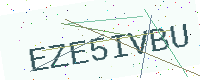
Text: EZE5IVBU